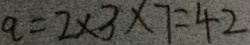
q = 2 \times 3 \times 7 = 4 2